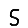
Digit: 5